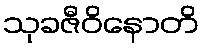
သုခဇီဝိနောတိ